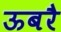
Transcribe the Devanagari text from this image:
ऊबरै